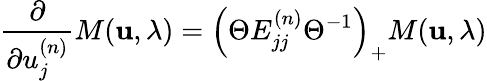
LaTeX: \frac{\partial}{\partial u_{j}^{(n)}}M({\mathbf u},\lambda)=\left(\Theta E_{jj}^{(n)}\Theta^{-1}\right)_{+}M({\mathbf u},\lambda)